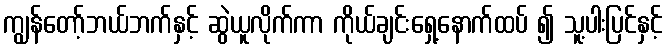
ကျွန်တော့်ဘယ်ဘက်နှင့် ဆွဲယူလိုက်ကာ ကိုယ်ချင်းရှေ့နောက်ထပ် ၍ သူ့ပါးပြင်နှင့်